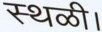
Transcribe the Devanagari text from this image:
स्थळी।